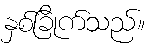
နှစ်ခြိုက်သည်။